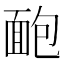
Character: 靤